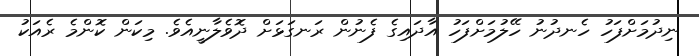
ނިދުމަށްފަހު ހެނދުނު ހޭލުމަށްފަހު އާދައިގެ ފެނުން ރަނގަޅަށް ދޮވެލާނީއެވެ. މިކަން ކޮންމެ ރެއަކު